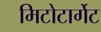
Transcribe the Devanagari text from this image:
मिटोटार्गेट